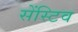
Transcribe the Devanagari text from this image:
सेंस्टिव